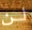
لن